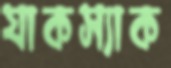
যাকস্যাক